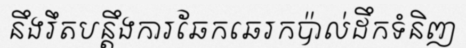
នឹងរឹតបន្តឹងការឆែកឆេរកប៉ាល់ដឹកទំនិញ